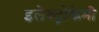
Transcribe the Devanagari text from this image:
इलेक्ट्रोकेमी